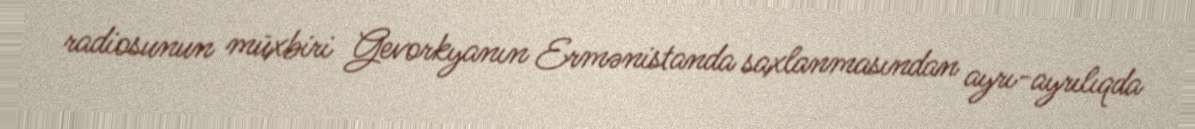
radiosunun müxbiri Gevorkyanın Ermənistanda saxlanmasından ayrı-ayrılıqda